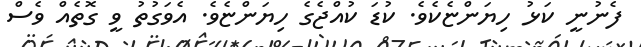
ފެނުނީ ކަޅު ހިޔަންޏެކެވެ. ކުޑަ ކުއްޖެގެ ހިޔަންޏެވެ. އެވަގުތު ވީ ގޮތެއް ވެސް